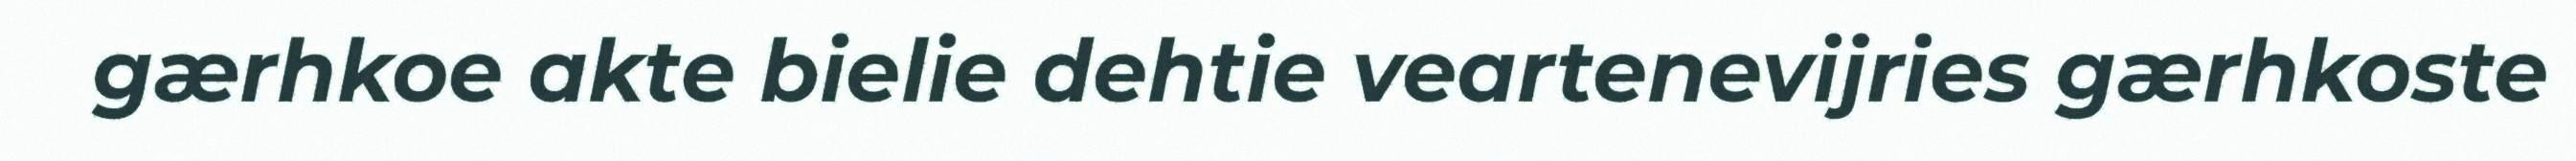
gærhkoe akte bielie dehtie veartenevijries gærhkoste